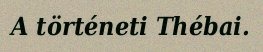
A történeti Thébai.